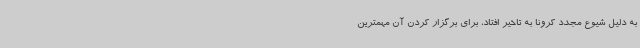
به دلیل شیوع مجدد کرونا به تاخیر افتاد، برای برگزار کردن آن مهمترین